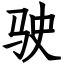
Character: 驶